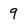
Character: 9